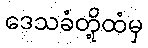
ဒေသခံတို့ထံမှ